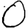
Digit: 0